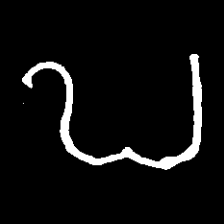
Pyu character \u2014 Myanmar letter: ဎ (romanized: ddha)